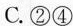
济的活力和创造力④体现了国家对劳动、知识、人